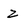
Character: Z